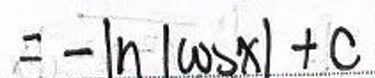
$= - \ln |\cos x| + C$